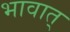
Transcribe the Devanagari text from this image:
भावात्